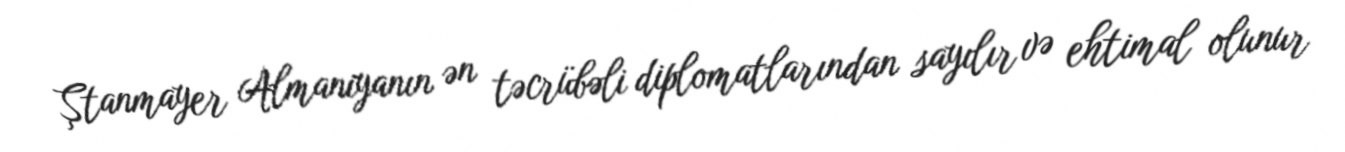
Ştanmayer Almaniyanın ən təcrübəli diplomatlarından sayılır və ehtimal olunur